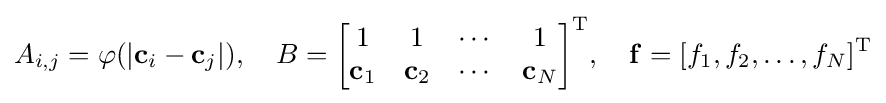
A_{i,j}=\varphi (|\mathbf {c} _{i}-\mathbf {c} _{j}|),\quad B={\begin{bmatrix}1&1&\cdots &1\\\mathbf {c} _{1}&\mathbf {c} _{2}&\cdots &\mathbf {c} _{N}\end{bmatrix}}^{\textrm {T}},\quad \mathbf {f} =[f_{1},f_{2},\ldots ,f_{N}]^{\textrm {T}}